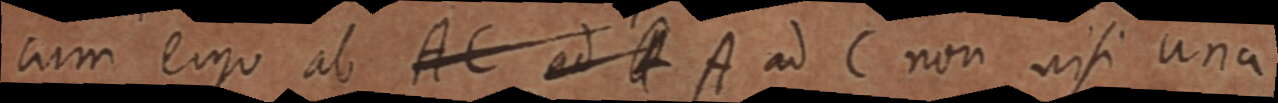
cum ergo ab ACdA ad C non nisi ana